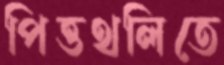
পিত্তথলিতে